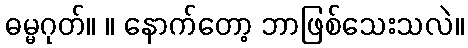
ဓမ္မဂုတ်။ ။ နောက်တော့ ဘာဖြစ်သေးသလဲ။